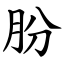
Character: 朌